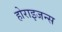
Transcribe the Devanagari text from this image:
होराइजन्स